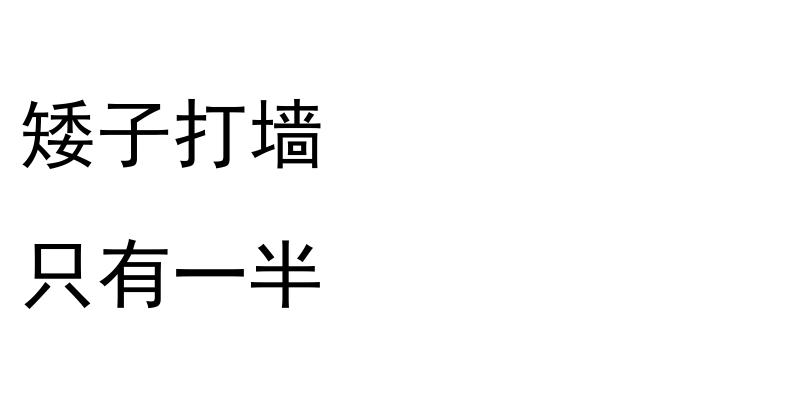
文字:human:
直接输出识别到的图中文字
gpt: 矮子打墙 只有一半